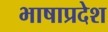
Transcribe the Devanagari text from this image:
भाषाप्रदेश